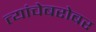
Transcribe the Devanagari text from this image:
त्यांचेबरोबर